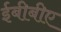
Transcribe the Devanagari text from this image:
ईबीबीए